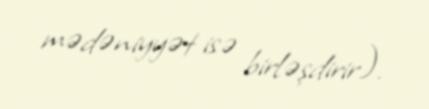
mədəniyyət isə birləşdirir).